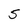
Character: 5